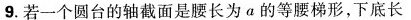
9.若一个圆台的轴截面是腰长为a的等腰梯形，下底长